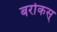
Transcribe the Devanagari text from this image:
बरोकस्